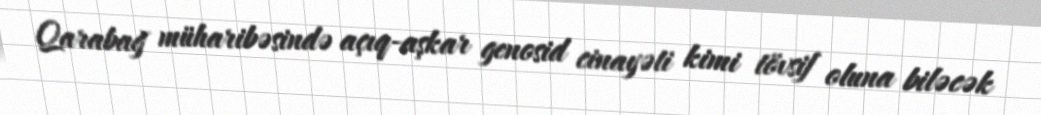
Qarabağ müharibəsində açıq-aşkar genosid cinayəti kimi tövsif oluna biləcək